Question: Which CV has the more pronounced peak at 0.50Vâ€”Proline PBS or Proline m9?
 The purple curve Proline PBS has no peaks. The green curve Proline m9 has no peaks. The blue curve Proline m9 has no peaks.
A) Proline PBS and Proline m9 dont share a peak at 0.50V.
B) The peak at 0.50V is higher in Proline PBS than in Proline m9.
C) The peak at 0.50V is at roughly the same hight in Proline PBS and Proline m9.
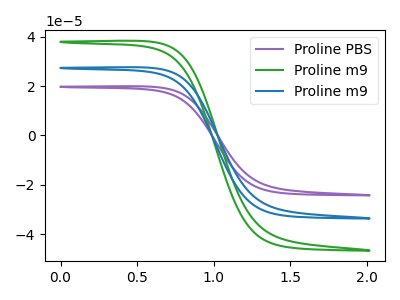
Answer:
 <answer>A) "Proline PBS" and "Proline m9" dont share a peak at 0.50V.</answer>
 <eval>A</eval>